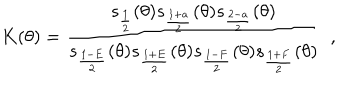
LaTeX: K ( \theta ) = \frac { s _ { \frac { 1 } { 2 } } ( \theta ) s _ { \frac { 1 + a } { 2 } } ( \theta ) s _ { \frac { 2 - a } { 2 } } ( \theta ) } { s _ { \frac { 1 - E } { 2 } } ( \theta ) s _ { \frac { 1 + E } { 2 } } ( \theta ) s _ { \frac { 1 - F } { 2 } } ( \theta ) s _ { \frac { 1 + F } { 2 } } ( \theta ) } \, \, \, ,